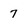
Character: 7